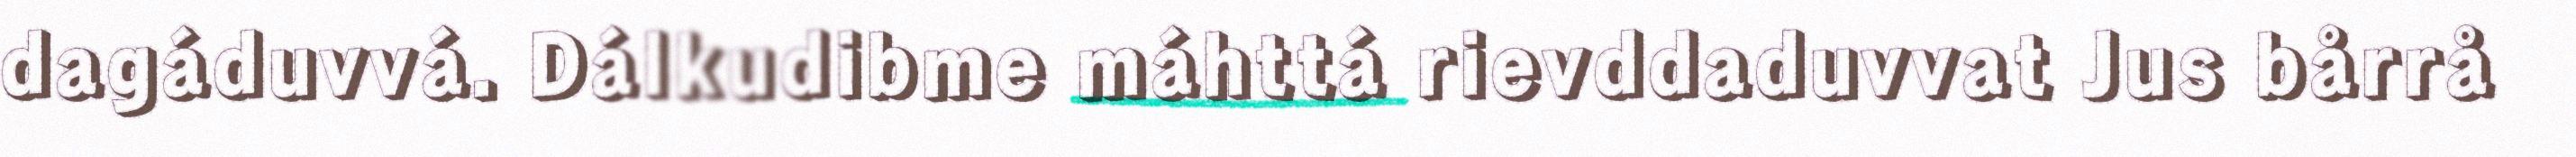
dagáduvvá. Dálkudibme máhttá rievddaduvvat Jus bårrå